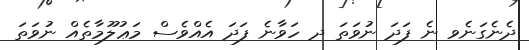
ދެނެގަނެވ ނެ ފަދަ ނުވަތަ ދ ހަވާނެ ފަދަ އެއްވެސް މަޢުލޫމާތެއް ނުވަތަ